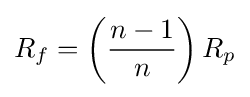
R_{f}=\left({\frac {n-1}{n}}\right)R_{p}